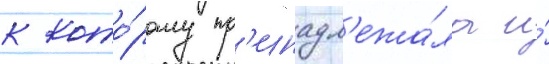
к кото́рому пр'инадл'ежа́ла и́